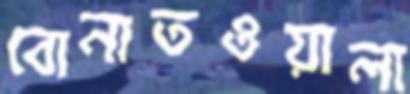
বোনাতওয়ালা